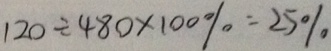
1 2 0 \div 4 8 0 \times 1 0 0 \% = 2 5 \%